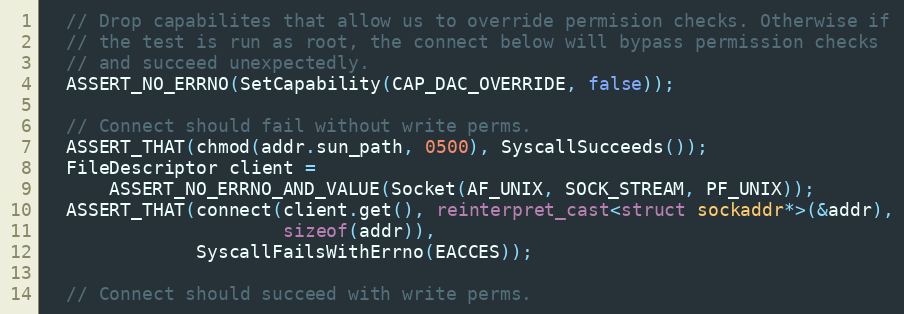
Language: C++
  // Drop capabilites that allow us to override permision checks. Otherwise if
  // the test is run as root, the connect below will bypass permission checks
  // and succeed unexpectedly.
  ASSERT_NO_ERRNO(SetCapability(CAP_DAC_OVERRIDE, false));

  // Connect should fail without write perms.
  ASSERT_THAT(chmod(addr.sun_path, 0500), SyscallSucceeds());
  FileDescriptor client =
      ASSERT_NO_ERRNO_AND_VALUE(Socket(AF_UNIX, SOCK_STREAM, PF_UNIX));
  ASSERT_THAT(connect(client.get(), reinterpret_cast<struct sockaddr*>(&addr),
                      sizeof(addr)),
              SyscallFailsWithErrno(EACCES));

  // Connect should succeed with write perms.